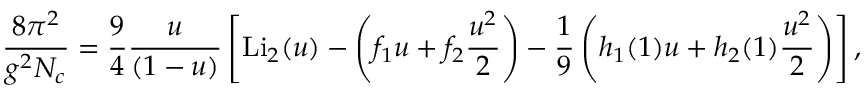
{ \frac { 8 \pi ^ { 2 } } { g ^ { 2 } N _ { c } } } = { \frac { 9 } { 4 } } { \frac { u } { ( 1 - u ) } } \left[ \mathrm { L i } _ { 2 } ( u ) - \left( f _ { 1 } u + f _ { 2 } { \frac { u ^ { 2 } } { 2 } } \right) - { \frac { 1 } { 9 } } \left( h _ { 1 } ( 1 ) u + h _ { 2 } ( 1 ) { \frac { u ^ { 2 } } { 2 } } \right) \right] ,